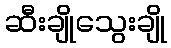
ဆီးချိုသွေးချို